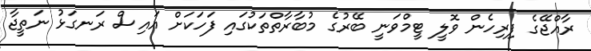
ރާއްޖޭގެ ފިރިހެން ވޮލީ ޓީމްވަނީ ބޭރުގެ މުބާރާތްތަކުގައި ފަހަކަށް އައިސް ރަނގަޅު ނަތީޖާ